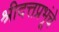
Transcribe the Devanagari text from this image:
श्रीदत्तप्रभूंचे